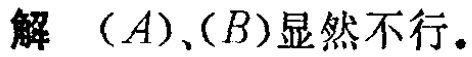
解 $(A),(B)$显然不行。